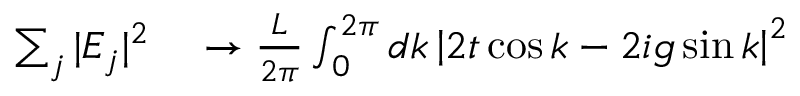
\begin{array} { r l } { \sum _ { j } | E _ { j } | ^ { 2 } } & { { } \to \frac { L } { 2 \pi } \int _ { 0 } ^ { 2 \pi } d k \left| 2 t \cos k - 2 i g \sin k \right| ^ { 2 } } \end{array}